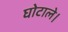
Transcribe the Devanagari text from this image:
घोटाले।